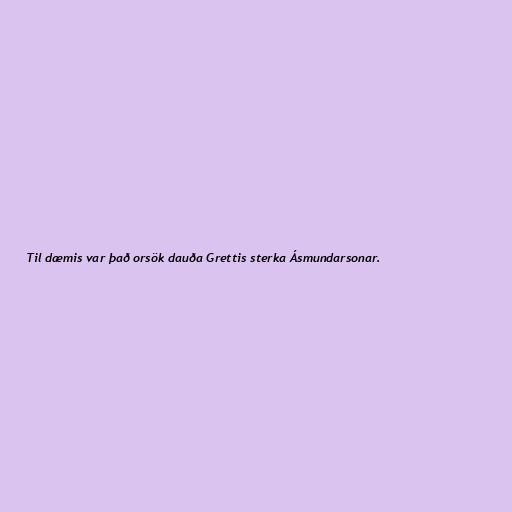
Til dæmis var það orsök dauða Grettis sterka Ásmundarsonar.